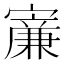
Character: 𡫐